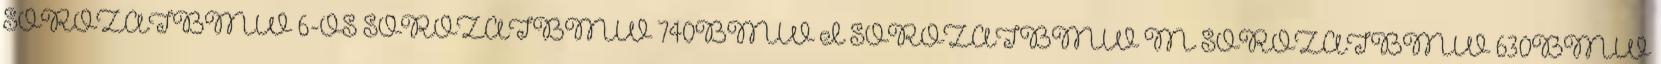
SOROZATBMW 6-OS SOROZATBMW 740BMW I SOROZATBMW M SOROZATBMW 630BMW